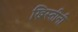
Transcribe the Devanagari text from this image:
ख्रिस्तीनी